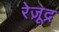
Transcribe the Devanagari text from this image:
रेज़ूद्र